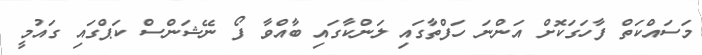
މަސައްކަތް ފާހަގަކޮށް އަންނަ ހަފްތާގައި ލަންކާގައި ބާއްވާ ފޯ ނޭޝަންސް ކަޕްގައި ގައުމީ